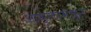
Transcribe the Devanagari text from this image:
आम्लामधून